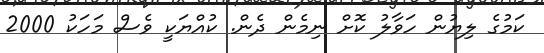
ކަމުގެ ލިޔުން ހަވާލު ކޮށް ނިމެން ދެން. ކުއްޔަކީ ވެސް މަހަކު 2000